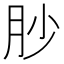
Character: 䏚